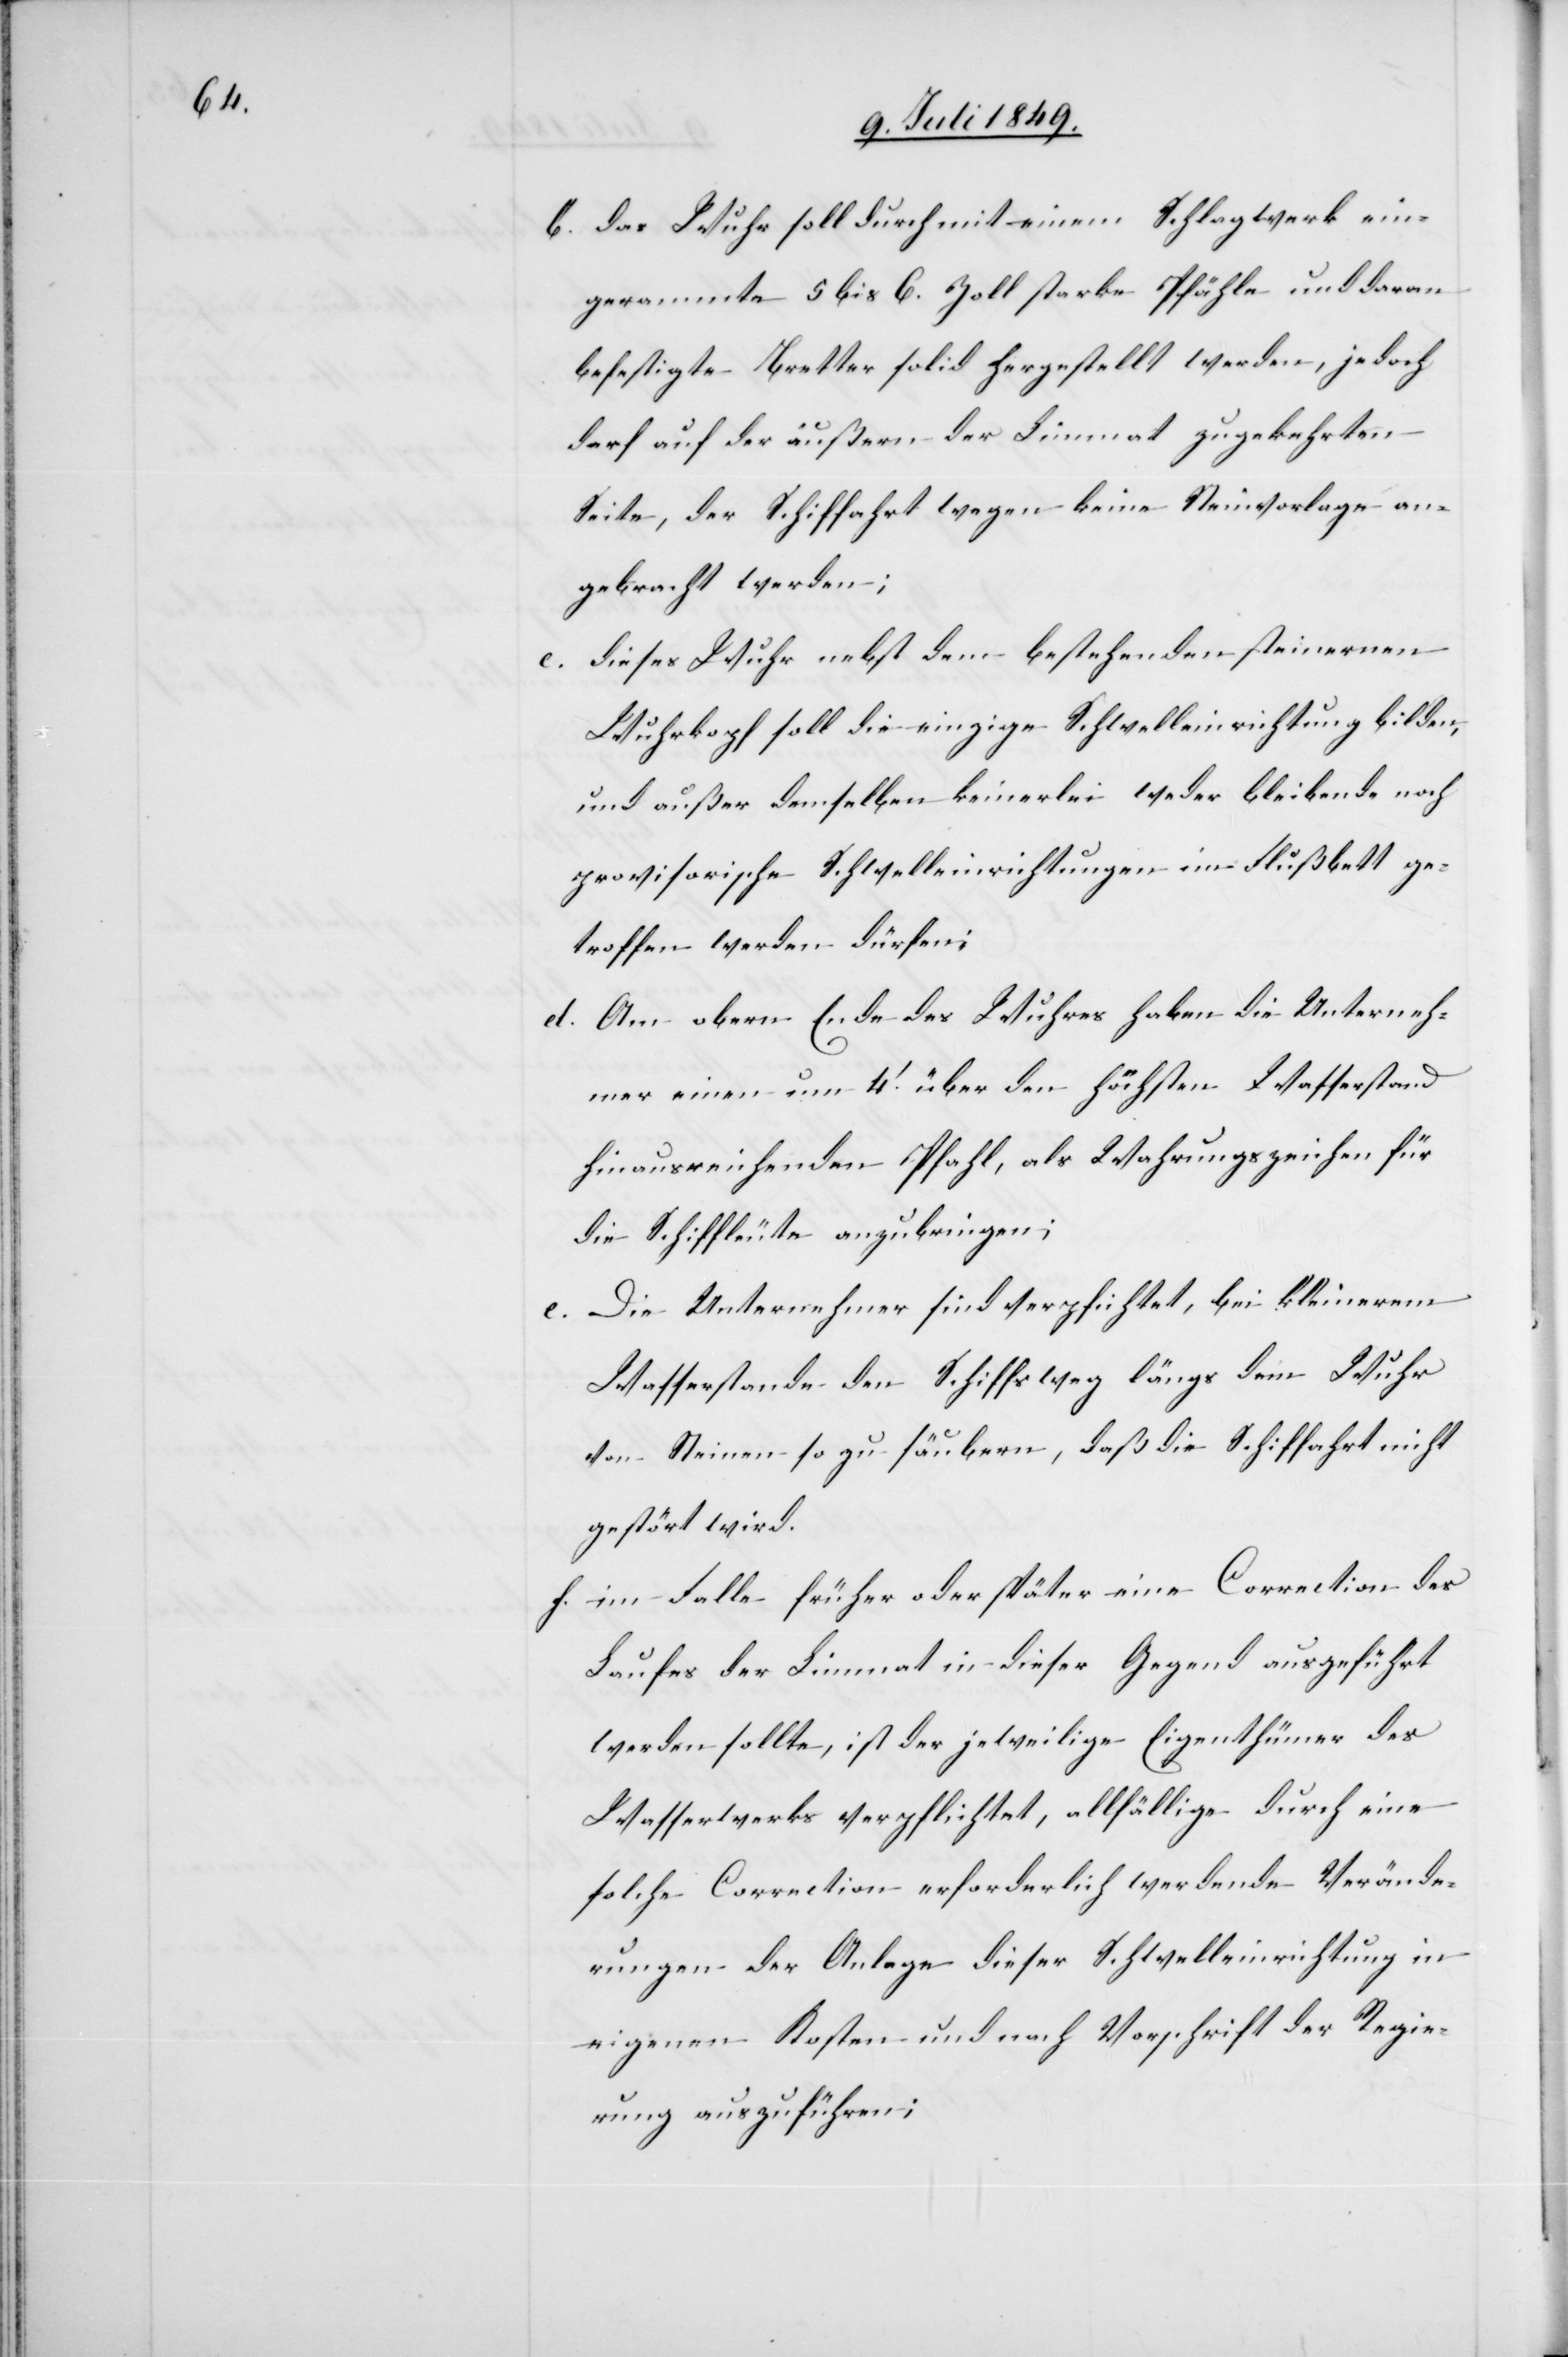
b. das Wuhr soll durch mit einem Schlagwerk ein¬
gerammte 5 bis 6. Zoll starke Pfähle und daran
befestigte Bretter solid hergestellt werden, jedoch
darf auf der äußern der Limmat zugekehrten
Seite, der Schiffahrt wegen keine Steinvorlage an¬
gebracht werden;
dieses Wuhr nebst dem bestehenden steinernen
Wuhrkopf soll die einzigen Schwelleinrichtung bilden,
und außer demselben keinerlei weder bleibende noch
provisorische Schwelleinrichtungen im Flußbett ge¬
troffen werden dürfen;
d. Am obern Ende des Wuhres haben die Unterneh¬
mer einen um 4‘ über den höchsten Wasserstand
hinausreichenden Pfahl, als Wahrungszeichen für
die Schiffleute anzubringen;
e. Die Unternehmer sind verpflichtet, bei kleinerem
Wasserstande den Schiffsweg längs dem Wuhr
von Steinen so zu säubern, daß die Schiffahrt nicht
gestört wird.
f. im Falle früher oder später eine Correction des
Laufes der Limmat in dieser Gegend ausgeführt
werden sollte, ist der jeweilige Eigenthümer des
Wasserwerks verpflichtet, allfällige durch eine
solche Correction erforderlich werdende Verände¬
rungen der Anlage dieser Schwelleinrichtung in
eigenen Kosten und nach Vorschrift der Regie¬
rung auszuführen;